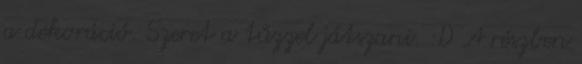
a dekoráció. Szeret a tűzzel játszani. :D A részben